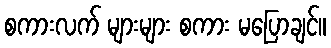
စကားလက် များများ စကား မပြောချင်။